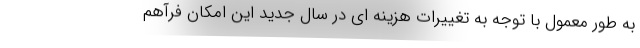
به طور معمول با توجه به تغييرات هزينه اي در سال جديد اين امكان فرآهم